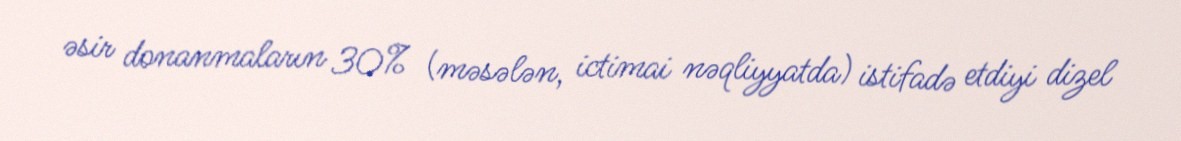
əsir donanmaların 30% (məsələn, ictimai nəqliyyatda) istifadə etdiyi dizel